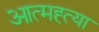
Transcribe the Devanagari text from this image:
आत्‍मह्त्‍या